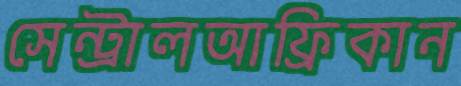
সেন্ট্রালআফ্রিকান